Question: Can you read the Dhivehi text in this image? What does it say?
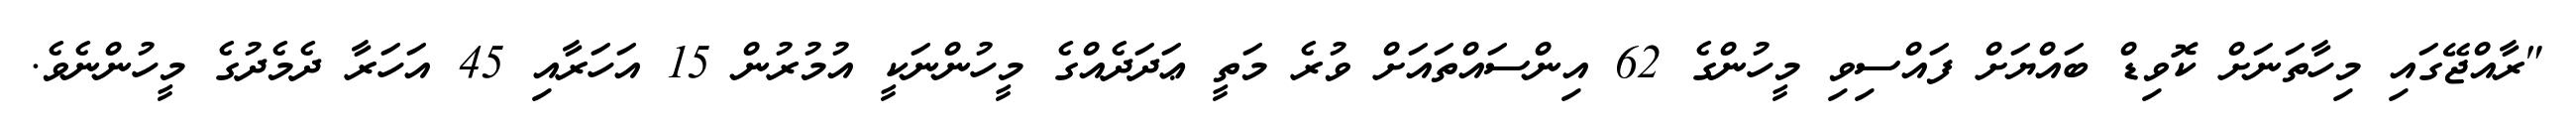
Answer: "ރާއްޖޭގައި މިހާތަނަށް ކޮވިޑް ބައްޔަށް ފައްސިވި މީހުންގެ 62 އިންސައްތައަށް ވުރެ މަތީ ޢަދަދެއްގެ މީހުންނަކީ އުމުރުން 15 އަހަރާއި 45 އަހަރާ ދެމެދުގެ މީހުންނެވެ.